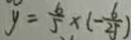
y = \frac { 6 } { 5 } \times ( - \frac { 6 } { 2 5 } )